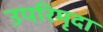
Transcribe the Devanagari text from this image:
उपरिमृदा